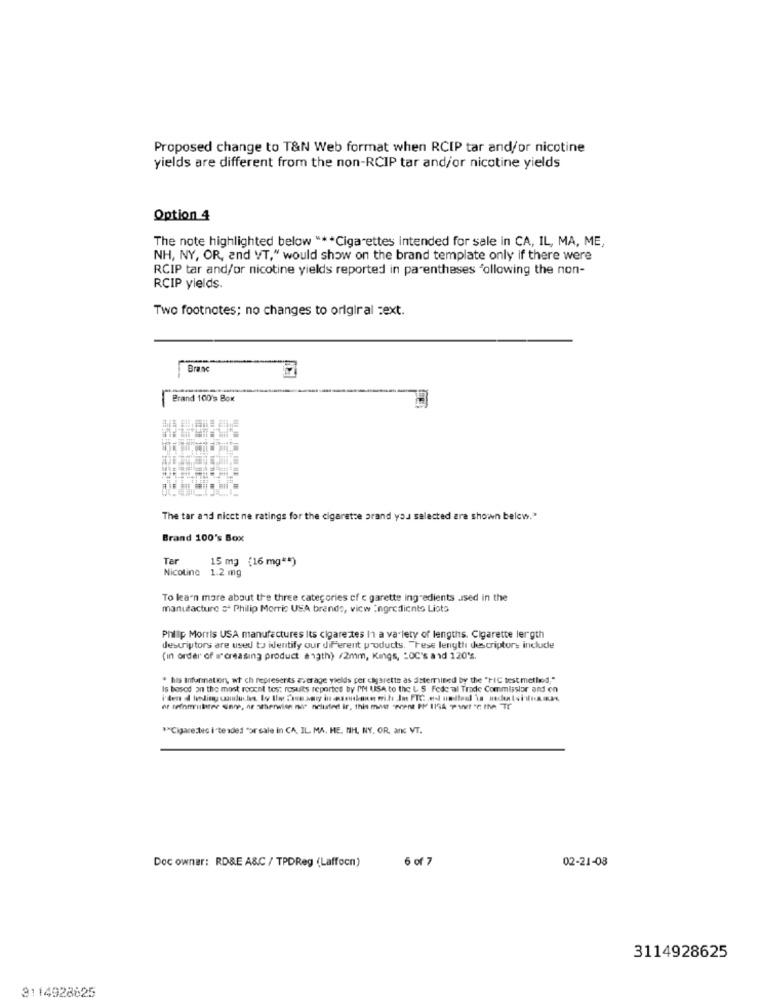
Proposed change to T&N Web format when RCIP tar and/or nicotine
yields are different from the non-RCIP tar and/or nicotine yields
Option 4
The note highlighted below " ** Cigarettes intended for sale in CA, IL, MA, ME,
NH, NY, OR, and VT," would show on the brand template only if there were
RCIP tar and/or nicotine yields reported in parentheses "ollowing the non-
RCIP yields.
Two footnotes; no changes to orlgiral =ext.
Branc
Brand 100's Box
The tar and nicct ne ratings for the cigaretse prand you selected are shown below."
Brand 100's Box
Tar
15 mg (16 mg ** )
Nicoline 1.2 mg
To learn more about the three categories of c garette ingredients used in the
manufacture st Philip Morris USA brands, vicw :ngrediento Lists
Philip Morris USA manufactures Its cigarettes In a variety of lengths. Cigarette lergth
descriptors are used to identify our diFerent products. "Tese length descriptors include
(in order of w'creasing product angth) /2mm, Kings, "OC's a id 120's.
. his Infurination, wt ch represents average yields per cigarette as determined by the "PIC test metled."
Is based on the most recent tes: results reported by I'M USA to the L S Fede al Trade Commission and on
or reforrutter sinne, ne otherwise not nelusted ir, this mast "ACent PM 11GA TINE! "E INA TE
*Cigarettes i'te xdes for sale in CA, IL. MA. HE, NH, NY, OR, and VT.
6 of 7
02-21-08
Doc owner: RD&E A&C / TPDReg (Laffocn)
3114928625
3114928825